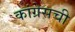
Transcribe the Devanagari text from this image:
कांग्रेसची